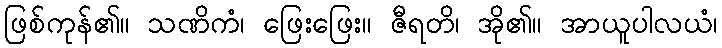
ဖြစ်ကုန်၏။ သဏိကံ၊ ဖြေးဖြေး။ ဇီရတိ၊ အို၏။ အာယူပါလယံ၊